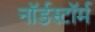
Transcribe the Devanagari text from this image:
नॉर्डस्टॉर्म